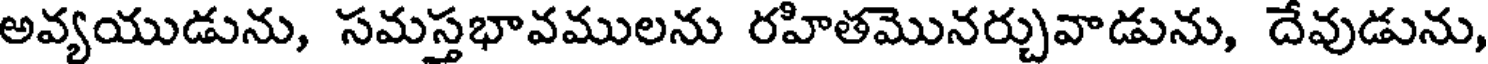
అవ్యయుడును, సమస్తభావములను రహితమొనర్చువాడును, దేవుడును,